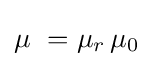
\mu \ =\mu _{r}\,\mu _{0}\,\!